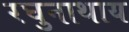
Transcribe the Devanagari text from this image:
रघुनाथाय